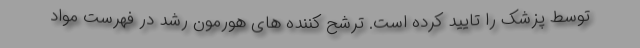
توسط پزشک را تایید کرده است. ترشح کننده های هورمون رشد در فهرست مواد